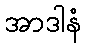
အာဒါနံ